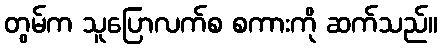
တွမ်က သူပြောလက်စ စကားကို ဆက်သည်။